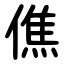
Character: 僬